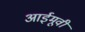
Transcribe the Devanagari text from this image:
आईमूवी